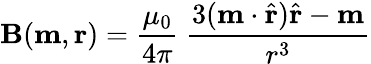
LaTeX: \mathbf{B}(\mathbf{m},\mathbf{r})={\frac{\mu_{0}}{4\pi}}\ {\frac{3(\mathbf{m}\cdot{\hat{\mathbf{r}}}){\hat{\mathbf{r}}}-\mathbf{m}}{r^{3}}}